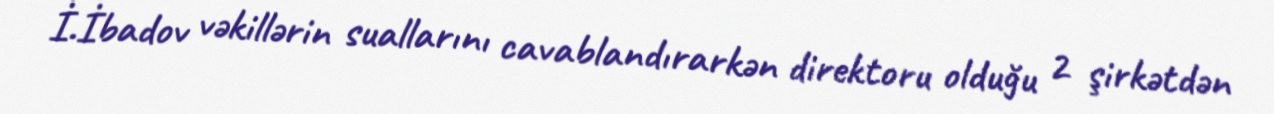
İ.İbadov vəkillərin suallarını cavablandırarkən direktoru olduğu 2 şirkətdən